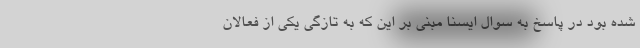
شده بود در پاسخ به سوال ایسنا مبنی بر این که به تازگی یکی از فعالان